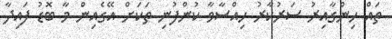
ތައް ހިންގާއިރު ސަރުކާރު ހިއްސާވާ ކުންފުނި ތަކަށް އޭގެއިން މާ ބޮޑު ފައިދާ